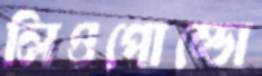
লিওপোল্ডো